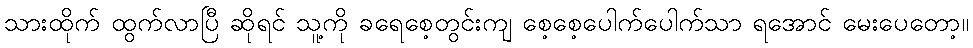
သားထိုက် ထွက်လာပြီ ဆိုရင် သူ့ကို ခရေစေ့တွင်းကျ စေ့စေ့ပေါက်ပေါက်သာ ရအောင် မေးပေတော့။